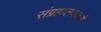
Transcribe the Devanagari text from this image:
संग्रहालयातले